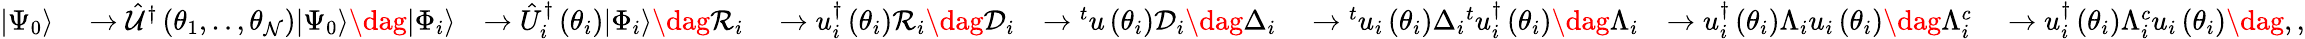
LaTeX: \begin{array}{rlrlrlrl}{\vert\Psi_{0}\rangle}&{{}\rightarrow\hat{\mathcal{U}}^{\dagger}\left(\theta_{1},..,\theta_{\mathcal{N}}\right)\vert\Psi_{0}\rangle\dag\vert\Phi_{i}\rangle}&{\rightarrow\hat{U}_{i}^{\dagger}\left(\theta_{i}\right)\vert\Phi_{i}\rangle\dag\mathcal{R}_{i}}&{{}\rightarrow u_{i}^{\dagger}\left(\theta_{i}\right)\mathcal{R}_{i}\dag\mathcal{D}_{i}}&{\rightarrow{}^{t}u\left(\theta_{i}\right)\mathcal{D}_{i}\dag\Delta_{i}}&{{}\rightarrow{}^{t}u_{i}\left(\theta_{i}\right)\Delta_{i}{}^{t}u_{i}^{\dagger}\left(\theta_{i}\right)\dag\Lambda_{i}}&{\rightarrow u_{i}^{\dagger}\left(\theta_{i}\right)\Lambda_{i}u_{i}\left(\theta_{i}\right)\dag\Lambda_{i}^{c}}&{{}\rightarrow u_{i}^{\dagger}\left(\theta_{i}\right)\Lambda_{i}^{c}u_{i}\left(\theta_{i}\right)\dag,,}\end{array}